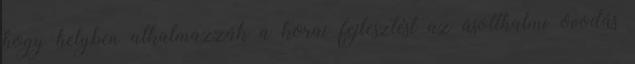
hogy helyben alkalmazzák a korai fejlesztést az ásotthalmi óvodás